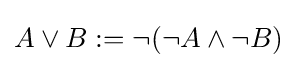
A\lor B:=\neg (\neg A\land \neg B)